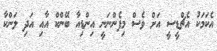
އެކަމަކު އެޗްޑީސީ އަށް ވެސް މިފެންނަނީ އިންޑިއާ ބޭންކް އާއި އަދި ލަންކާ